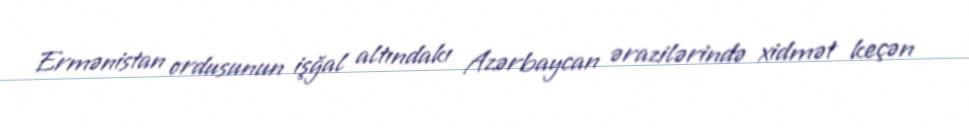
Ermənistan ordusunun işğal altındakı Azərbaycan ərazilərində xidmət keçən